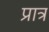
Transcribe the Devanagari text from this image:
प्रात्र